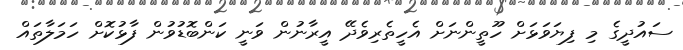
ސައުދީގެ މި ފިޔަވަޅަށް ހޫތީންނަށް އެހީތެރިވެދޭ އީރާނުން ވަނީ ކަންބޮޑުވުން ފާޅުކޮށް ހަމަލާތައް